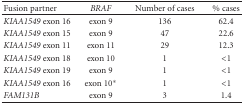
| Fusion partner | BRAF | Number of cases | % cases |
 | --- | --- | --- | --- |
 | KIAA1549 exon 16 | exon 9 | 136 | 62.4 |
 | KIAA1549 exon 15 | exon 9 | 47 | 22.6 |
 | KIAA1549 exon 11 | exon 11 | 29 | 12.3 |
 | KIAA1549 exon 18 | exon 10 | 1 | <1 |
 | KIAA1549 exon 19 | exon 9 | 1 | <1 |
 | KIAA1549 exon 16 | exon 10* | 1 | <1 |
 | FAM131B | exon 9 | 3 | 1.4 |